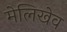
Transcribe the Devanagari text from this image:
मेलिखेव